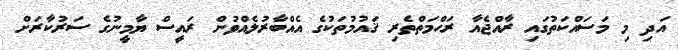
އަދި މި މަސައްކަތުގައި ރާއްޖެއާ ރަޙްމަތްތެރި ޤައުމުތަކުގެ އެއްބާރުލެއްވުން ރައީސް ޔާމީނުގެ ސަރުކާރަށް